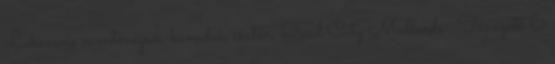
Lukacevic montenegrói-kanadai, csatár, Quad City Mallards . Távozott 6